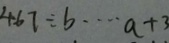
4 6 7 \div b \cdots a + 3